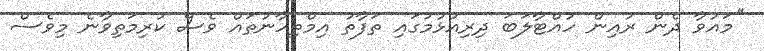
''މައުވާ ދެން ރުއިން ހުއްޓާލަބަ ދިރިއުޅުމުގައި ތަފާތު އިމްތިހާނުތައް ވެސް ކުރިމަތިވާނެ މިވެސް